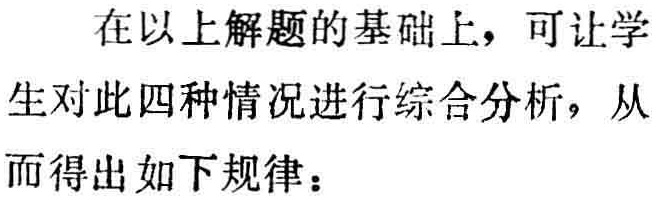
在以上解题的基础上，可让学生对此四种情况进行综合分析，从而得出如下规律：